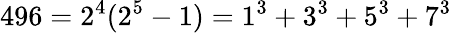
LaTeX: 496=2^{4}(2^{5}-1)=1^{3}+3^{3}+5^{3}+7^{3}